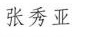
张秀亚